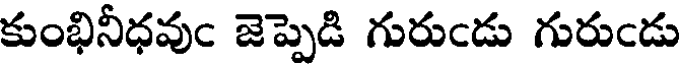
కుంభినీధవుం జెప్పెడి గురుండు గురుండు